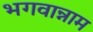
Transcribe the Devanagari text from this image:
भगवान्नाम